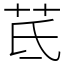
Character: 茋